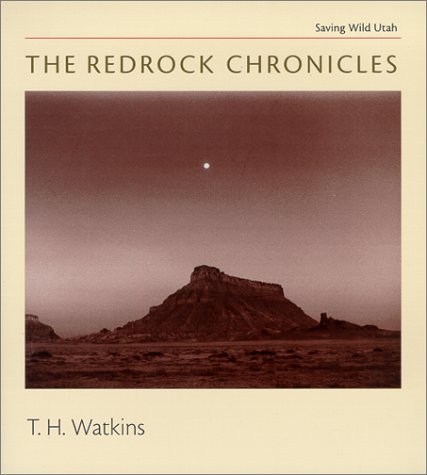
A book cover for The Redrock Chronicles: Saving Wild Utah (Center Books on Space, Place, and Time); T. H. Watkins; Travel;